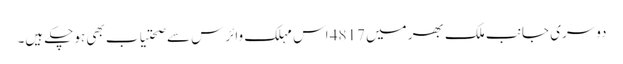
دوسری جانب ملک بھر میں 4817 اس مہلک وائرس سے صحتیاب بھی ہوچکے ہیں۔